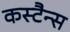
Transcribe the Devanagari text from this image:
कस्टैन्स